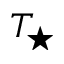
T _ { \star }